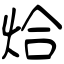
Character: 烚